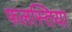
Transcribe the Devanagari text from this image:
फलस्तिया